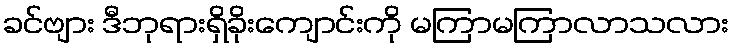
ခင်ဗျား ဒီဘုရားရှိခိုးကျောင်းကို မကြာမကြာလာသလား